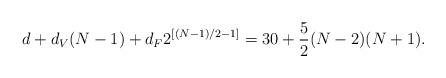
LaTeX: \begin{align*}d + d_{V} (N-1) + d_{F} 2^{[(N-1)/2 - 1]}= 30 +\frac{5}{2} (N-2)(N+1).\end{align*}